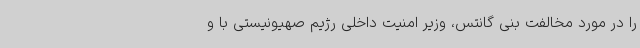
را در مورد مخالفت بنی گانتس، وزیر امنیت داخلی رژیم صهیونیستی با و